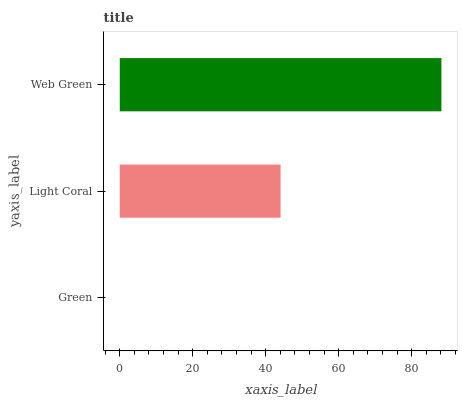
| yaxis_label | bars |
 | --- | --- |
 | Green | 0 |
 | Light Coral | 44.1 |
 | Web Green | 88.1 |